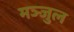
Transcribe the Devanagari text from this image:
मञ्जुल